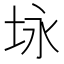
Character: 𪣉